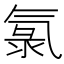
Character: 氯